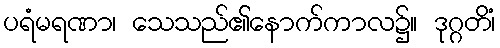
ပရံမရဏာ၊ သေသည်၏နောက်ကာလ၌။ ဒုဂ္ဂတိံ၊